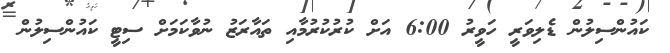
ކައުންސިލުން ޑެލިވަރީ ހަވީރު 6:00 އަށް ކުރުކުރުމާއި ތައާރަޒު ނުވާކަމަށް ސިޓީ ކައުންސިލުން